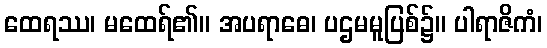
ထေရဿ၊ မထေရ်၏။ အပရာဓေ၊ ပဌမမူပြစ်၌။ ပါရာဇိကံ၊